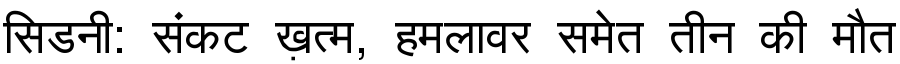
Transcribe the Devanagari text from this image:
सिडनी: संकट ख़त्म, हमलावर समेत तीन की मौत